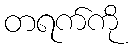
တရက်ကို